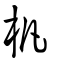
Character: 杋